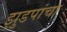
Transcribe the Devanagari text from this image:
झुडपांचा